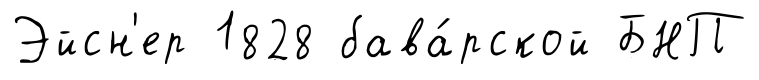
Эйсн'ер 1828 бава́рской БНП